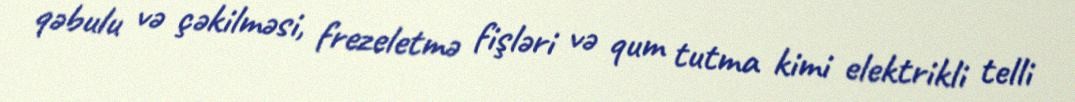
qəbulu və çəkilməsi, frezeletmə fişləri və qum tutma kimi elektrikli telli